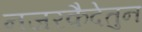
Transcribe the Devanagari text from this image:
नजरकैदेतुन